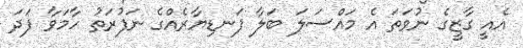
އެއީ ގާޒީގެ ނުވަތަ އެ މައްސަލަ ބަލާ ފަނޑިޔާރެއްގެ ނަފުރަތު ހާމަވާ ފަދަ